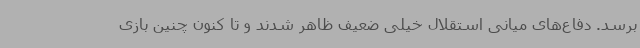
برسد. دفاع‌های میانی استقلال خیلی ضعیف ظاهر شدند و تا کنون چنین بازی